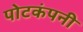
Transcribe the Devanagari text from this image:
पोटकंपनी